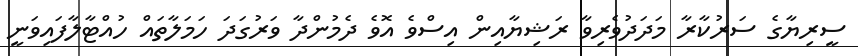
ސީރިޔާގެ ސަރުކާރާ މަދަދުވެރިވާ ރަޝިޔާއިން އިސްވެ އޮވެ ދެމުންދާ ވަރުގަދަ ހަމަލާތައް ހުއްޓާލާފައިވަނީ